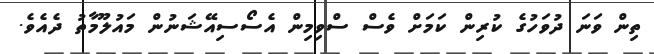
ތިން ވަނަ ދުވަހުގެ ކުރިން ކަމަށް ވެސް ސްވިމިން އެސޯސިއޭޝަނުން މައުލޫމާތު ދެއެވެ.